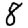
Digit: 8